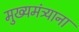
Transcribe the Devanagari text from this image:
मुख्यमंत्र्याना